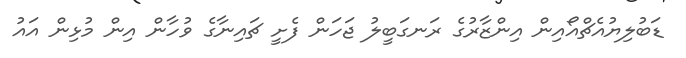
ޑަބުލިޔުއެޗްއޯއިން އިންޒާރުގެ ރަނގަބީލު ޖަހަން ފެށީ ޗައިނާގެ ވުހާން އިން މުޅިން އައު